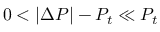
0 < | \Delta P | - P _ { t } \ll P _ { t }